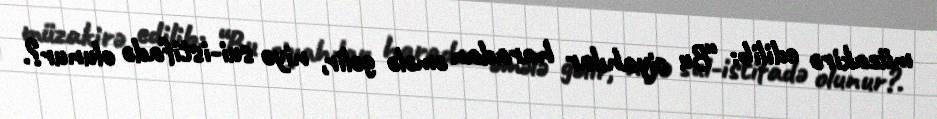
müzakirə edilib: “Bu siyahılar haradan əmələ gəlir, niyə sui-istifadə olunur?.